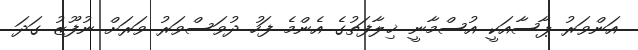
އަންވަރު ޕާސާއަކީ އުސްމާނީ ޚިލާފަތުގެ އެންމެ ފަހު ދުވަސްވަރު ވަރަށް ނުފޫޒު ގަދަ